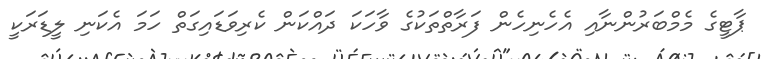
ޕާޓީގެ މެމްބަރުންނާއި އެހެނިހެން ފަރާތްތަކުގެ ވާހަކަ ދައްކަން ކެރިވަޑައިގަތް ހަމަ އެކަނި ލީޑަރަކީ